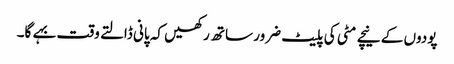
پودوں کے نیچے مٹی کی پلیٹ ضرور ساتھ رکھیں کہ پانی ڈالتے وقت بہے گا۔